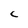
Character: C